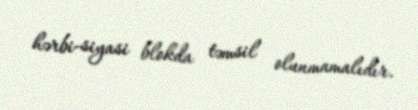
hərbi-siyasi blokda təmsil olunmamalıdır.